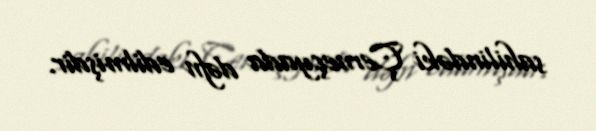
sahilindəki Çerneçyada dəfn edilmişdir.